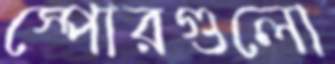
স্পোরগুলো